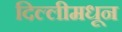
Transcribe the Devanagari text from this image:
दिल्लीमधून